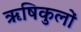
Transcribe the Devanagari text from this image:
ऋषिकुलों